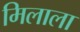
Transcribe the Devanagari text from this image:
मिलाला